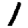
Digit: 1